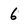
Character: 6